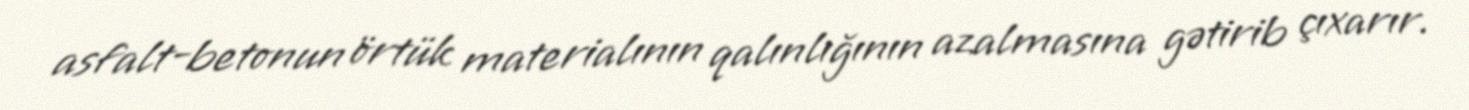
asfalt-betonun örtük materialının qalınlığının azalmasına gətirib çıxarır.